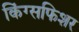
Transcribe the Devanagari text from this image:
किंग्सफिशर